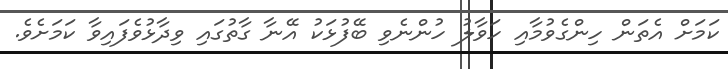
ކަމަށް އެތަން ހިންގެވުމާއި ހަވާލު ހުންނެވި ބޭފުޅަކު އޭނާ ގާތުގައި ވިދާޅުވެފައިވާ ކަމަށެވެ.